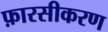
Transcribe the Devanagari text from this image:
फ़ारसीकरण